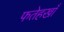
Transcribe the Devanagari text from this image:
फतेहखाँ